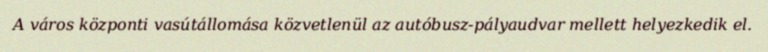
A város központi vasútállomása közvetlenül az autóbusz-pályaudvar mellett helyezkedik el.